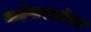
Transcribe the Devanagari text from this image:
बाईपासवॉल्व